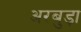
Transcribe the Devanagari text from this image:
अरबुड़ा